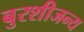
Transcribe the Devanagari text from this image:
बुरशीजन्य